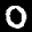
Label: 0